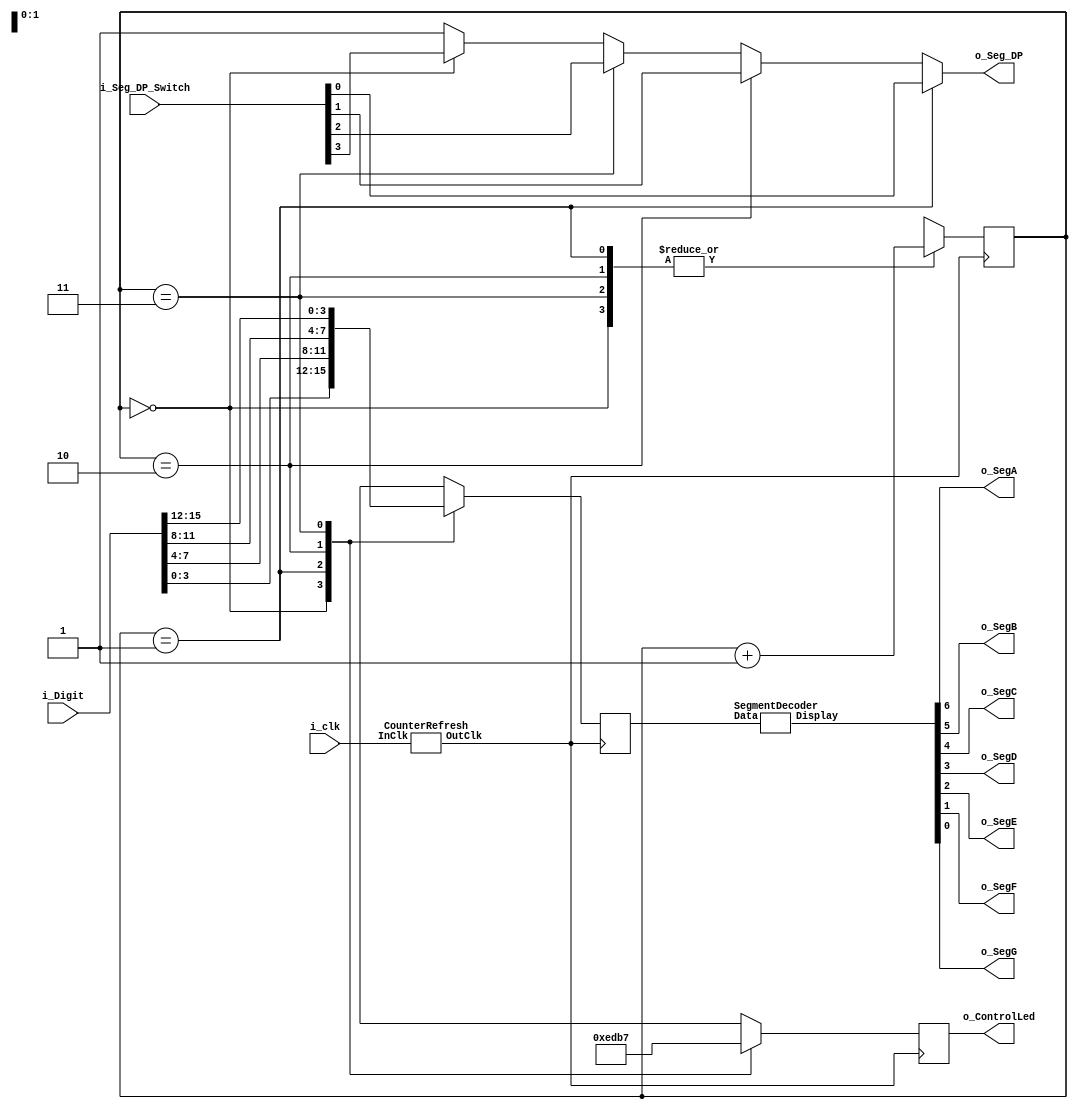
`timescale 1ns / 1ps
//////////////////////////////////////////////////////////////////////////////////
// Company: 
// Engineer: 
// 
// Design Name: 
// Module Name:    SevenSegment 
// Project Name: 
// Target Devices: 
// Tool versions: 
// Description: 
//
// Dependencies: 
//
// Revision: 
// Revision 0.01 - File Created
// Additional Comments: 
//
//////////////////////////////////////////////////////////////////////////////////
module SevenSegment(
	input 		 i_clk,
	input [15:0] i_Digit,
	input  [3:0] i_Seg_DP_Switch,
	
	output reg [3:0] o_ControlLed,
	
	output o_SegA,
	output o_SegB,
	output o_SegC,	
	output o_SegD,
	output o_SegE,
	output o_SegF,	
	output o_SegG,	
	output o_Seg_DP 
   );
	
	wire DownClk;
	wire [6:0] Display;
	
	reg [1:0] TmpCnt = 2'b00;
	reg [3:0] Value = 4'h0;
	
	// DownClk 1/4  .
	always @(posedge DownClk)
	begin
		case(TmpCnt)
			0 :	begin o_ControlLed <= 4'b1110; 	TmpCnt <= TmpCnt + 1; Value <= i_Digit;  end
			1 :	begin o_ControlLed <= 4'b1101;	TmpCnt <= TmpCnt + 1; Value <= (i_Digit>>4) ; end
			2 :	begin o_ControlLed <= 4'b1011;	TmpCnt <= TmpCnt + 1; Value <= (i_Digit>>8) ; end
			3 :	begin o_ControlLed <= 4'b0111;	TmpCnt <= TmpCnt + 1; Value <= (i_Digit>>12); end
		endcase
	end
	
	// 7   . 4   7    .
	SegmentDecoder SegmentDecoder(Display, Value);
	
	// 
	CounterRefresh divide_Clk_50Mhz_To_240hz(DownClk, i_clk);	// input = 50MHz. output=60Hz*4
	
	//   Display  Seg .
	assign	o_SegA = Display[6];
	assign	o_SegB = Display[5];
	assign	o_SegC = Display[4];
	assign	o_SegD = Display[3];
	assign	o_SegE = Display[2];
	assign	o_SegF = Display[1];
	assign	o_SegG = Display[0];
	
	assign	o_Seg_DP = (TmpCnt == 1) ? i_Seg_DP_Switch[0] :
							  (TmpCnt == 2) ? i_Seg_DP_Switch[1] :
							  (TmpCnt == 3) ? i_Seg_DP_Switch[2] :
							  (TmpCnt == 0) ? i_Seg_DP_Switch[3] : 1;

endmodule

// 7 
// input : Data. 1    4 
// output : Dsiplay.  4      7   LED  
module	SegmentDecoder(Display, Data );
	output	reg [6:0] Display;
	input		[3:0] Data;
	
	//								  abc defg	
	parameter	BLANK		= 7'b111_1111;
	parameter	ZERO		= 7'b000_0001;
	parameter	ONE		= 7'b100_1111;
	parameter	TWO		= 7'b001_0010;
	parameter	THREE		= 7'b000_0110;
	parameter	FOUR		= 7'b100_1100;
	parameter	FIVE		= 7'b010_0100;
	parameter	SIX		= 7'b010_0000;
	parameter	SEVEN		= 7'b000_1111;
	parameter	EIGHT		= 7'b000_0000;
	parameter	NINE		= 7'b000_0100;
	parameter	TEN 		= 7'b000_1000;
	parameter	ELEVEN	= 7'b110_0000;
	parameter	TWELVE	= 7'b011_0001;
	parameter	THIRTEEN	= 7'b100_0010;
	parameter	FOURTEEN	= 7'b011_0000;	
	parameter	FIFTEEN	= 7'b011_1000;	

	always @(Data)
		case (Data)
			0:	Display = ZERO;
			1:	Display = ONE;
			2:	Display = TWO;
			3:	Display = THREE;
			4: Display = FOUR;
			5:	Display = FIVE;
			6:	Display = SIX;
			7:	Display = SEVEN;
			8:	Display = EIGHT;
			9:	Display = NINE;
			10:Display = TEN;
			11:Display = ELEVEN;
			12:Display = TWELVE;
			13:Display = THIRTEEN;
			14:Display = FOURTEEN;
			15:Display = FIFTEEN;
			default:	Display = BLANK;	// use when you want to display just upto 9
		endcase		
endmodule

// FPGA  clk(50Mhz)   7      (OutClk)  .
//  : clk(50Mhz )
//  : OutClk. 7     .        .
//       (DESIRED_FREQ * 4) * 2 = 50 * 10^6 / x. =====> 4 digit  ,  *4, 
//			                    . 
//			1   2 ,     *2
module	CounterRefresh(
	output reg OutClk,
	input		  InClk
	);
	
	reg	[19:0]	q;
	
	parameter DESIRED_FREQ = 60*4;	// 60Hz for each digit. 45Hz  flickering  .
	
	initial	begin q <=0; OutClk<=0; end
	
	always @(posedge InClk)	begin
		 if(q > 20'h196e6) 	// =6104166=(50*10^6 /(DESIRED_FREQ*2)). DESIRED_FREQ=60*4; No Flickering.
			begin	OutClk <= ~OutClk; q <= 20'h00000; end
	    else
			begin q <= q +1; end
	end
endmodule